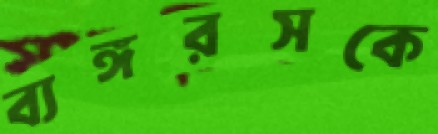
ব্যঙ্গরসকে